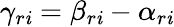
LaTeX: \gamma_{r\mathit{i}}=\beta_{r\mathit{i}}-\alpha_{r\mathit{i}}